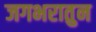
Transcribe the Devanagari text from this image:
जगभरातुन